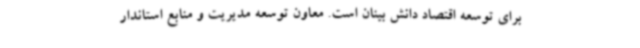
برای توسعه اقتصاد دانش بینان است. معاون توسعه مدیریت و منابع استاندار